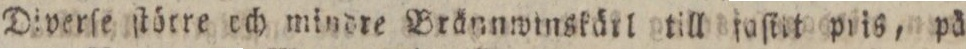
Diverſe ſtörre och mindre Brännwinskärl till faſtit pris, på